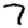
Digit: 7